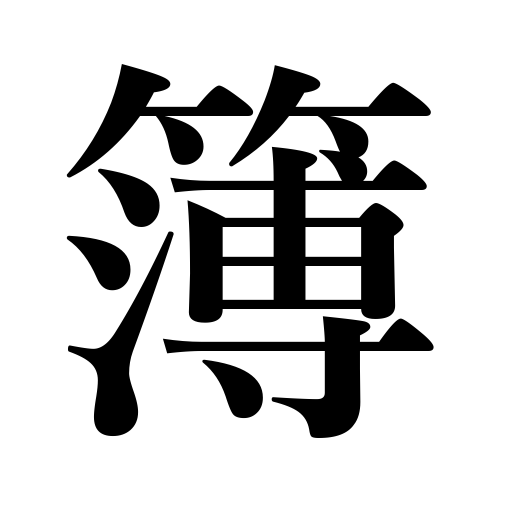
Meanings: book,record